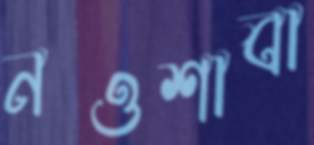
নওশাবা